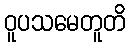
ဝူပသမေတူတိ